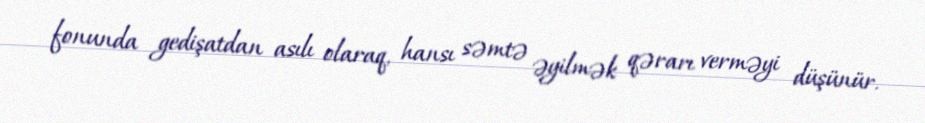
fonunda gedişatdan asılı olaraq, hansı səmtə əyilmək qərarı verməyi düşünür.